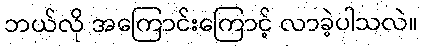
ဘယ်လို အကြောင်းကြောင့် လာခဲ့ပါသလဲ။